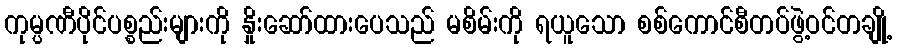
ကုမ္ပဏီပိုင်ပစ္စည်းများကို နှိုးဆော်ထားပေသည် မစိမ်းကို ရယူသော စစ်ကောင်စီတပ်ဖွဲ့ဝင်တချို့